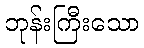
ဘုန်းကြီးသော